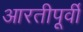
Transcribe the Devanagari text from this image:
आरतीपूर्वी